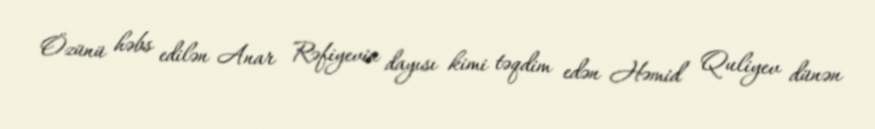
Özünü həbs edilən Anar Rəfiyevin dayısı kimi təqdim edən Həmid Quliyev dünən